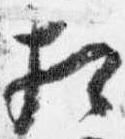
相